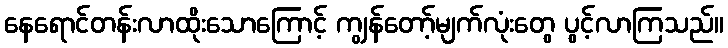
နေရောင်တန်းလာထိုးသောကြောင့် ကျွန်တော့်မျက်လုံးတွေ ပွင့်လာကြသည်။